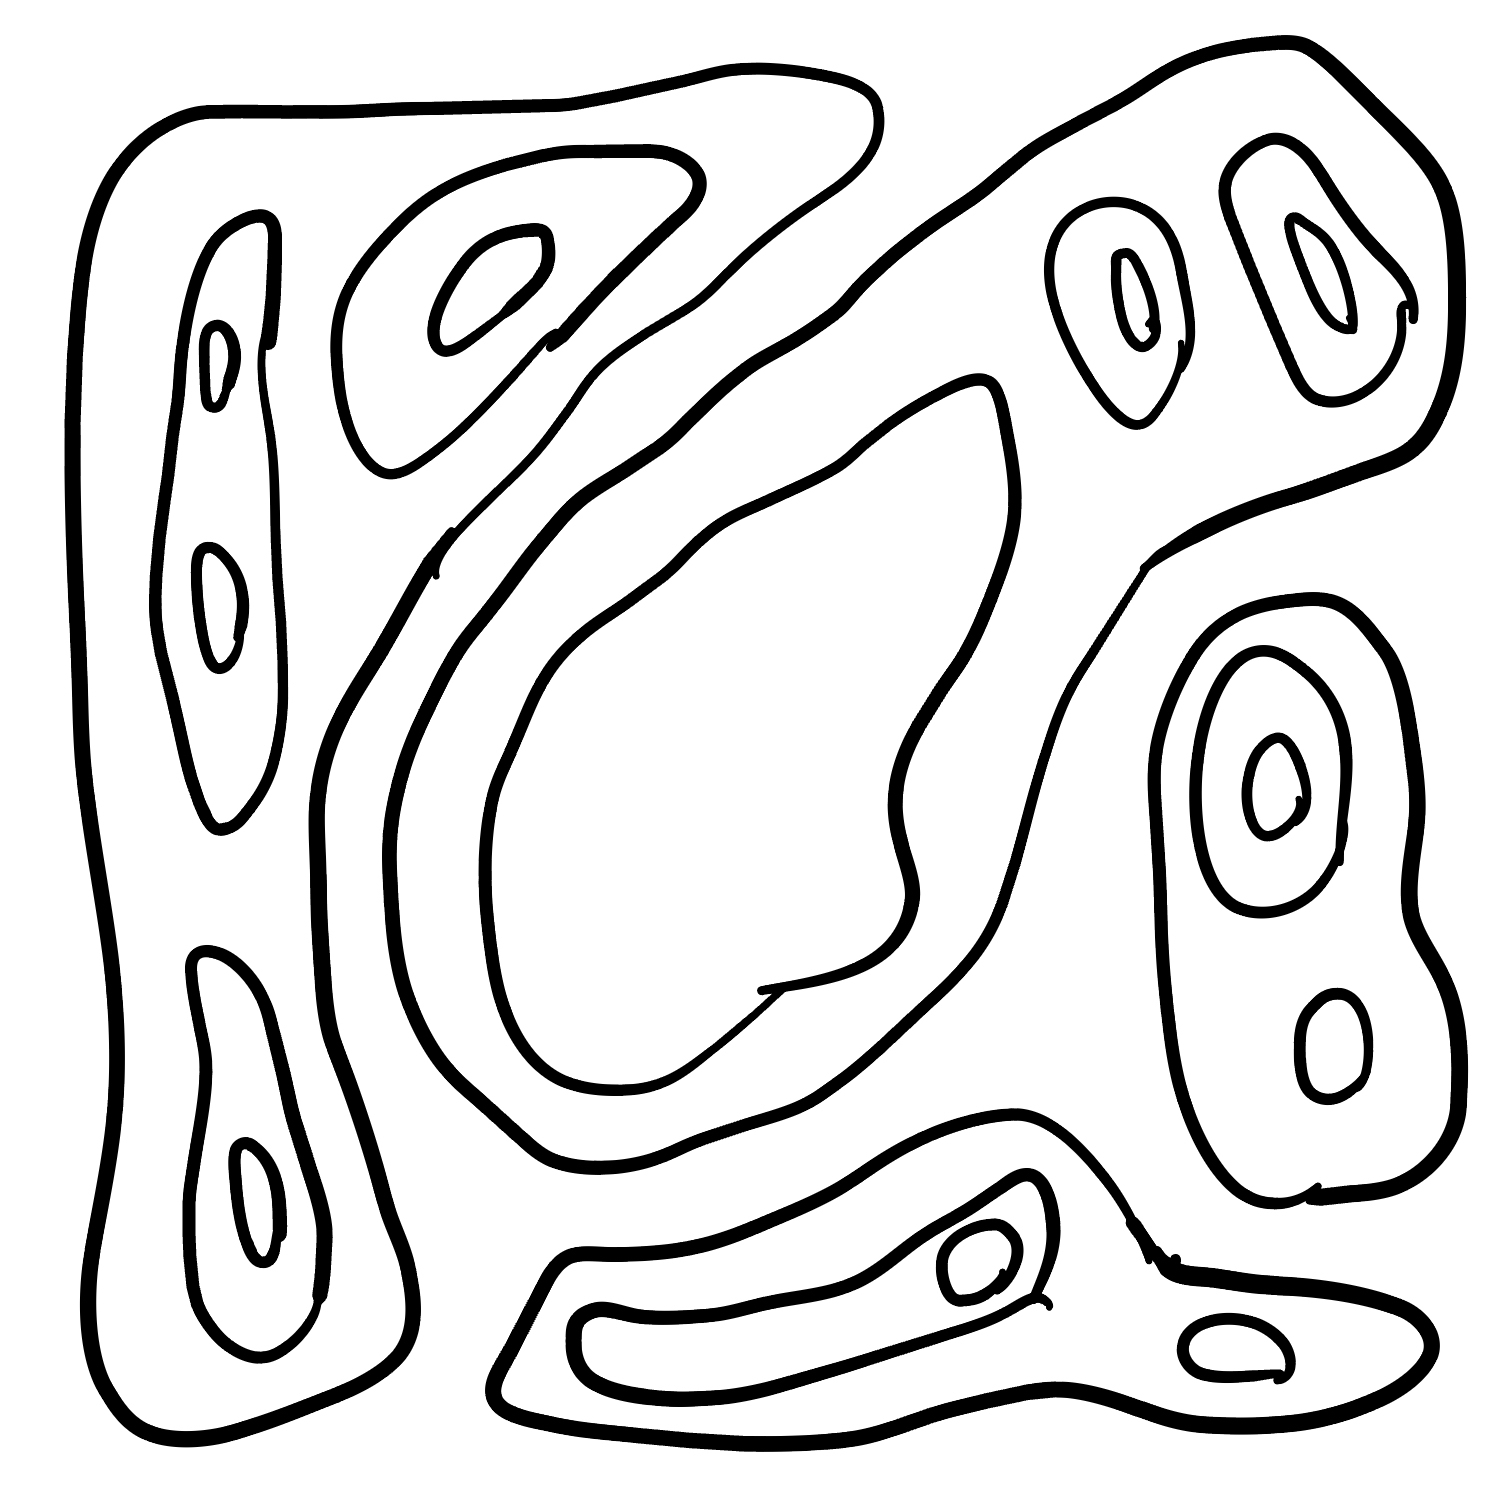
Number of regions (including the outer root region): 23
Containment tree edges (parent, child): 0, 1, 0, 5, 0, 9, 0, 17, 1, 2, 1, 3, 3, 4, 5, 6, 5, 7, 7, 8, 9, 10, 9, 12, 9, 15, 10, 11, 12, 13, 12, 14, 15, 16, 17, 18, 17, 19, 17, 21, 19, 20, 21, 22